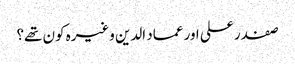
صفدر علی اور عماد الدین وغیرہ کون تھے؟